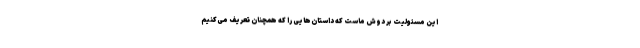
این مسئولیت بر دوش ماست که داستان‌هایی را که همچنان تعریف می‌کنیم